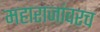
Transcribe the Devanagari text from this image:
महाराजांवरच